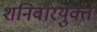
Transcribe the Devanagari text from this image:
शनिवारयुक्त